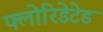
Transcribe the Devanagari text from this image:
फ्लोरिडेटेड